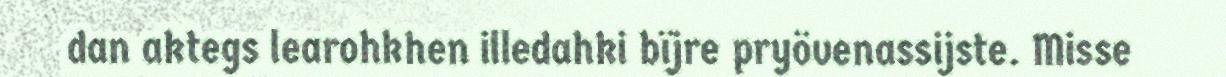
dan aktegs learohkhen illedahki bïjre pryövenassijste. Misse